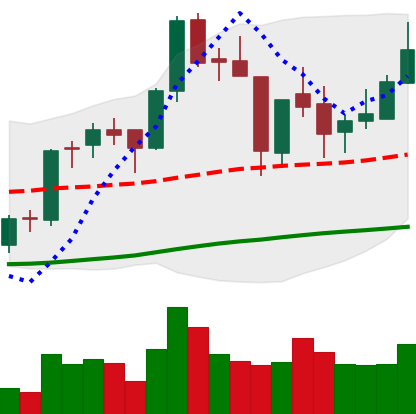
Ticker: BNB-USD
Chart end date: 2018-06-17
Forward return: -5.941%
Label: down_5_7